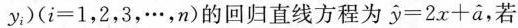
y_{i}；)(i=1，2，3，…，n)的回归直线方程为$$\widehat{y}=2x+\widehat{a}$$，若